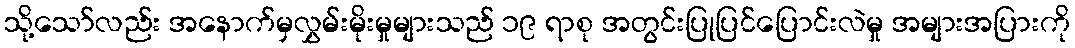
သို့သော်လည်း အနောက်မှလွှမ်းမိုးမှုများသည် ၁၉ ရာစု အတွင်းပြုပြင်ပြောင်းလဲမှု အများအပြားကို